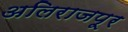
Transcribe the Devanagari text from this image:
अलिराजपूर